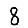
Digit: 8